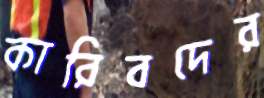
কারিবদের